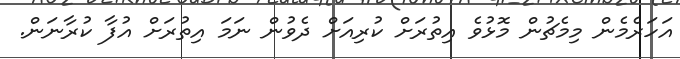
އަހަރެމެން މިމެޗުން މޮޅުވެ އިތުރަށް ކުރިއަށް ދެވުން ނަމަ އިތުރަށް އުފާ ކުރާނަން.